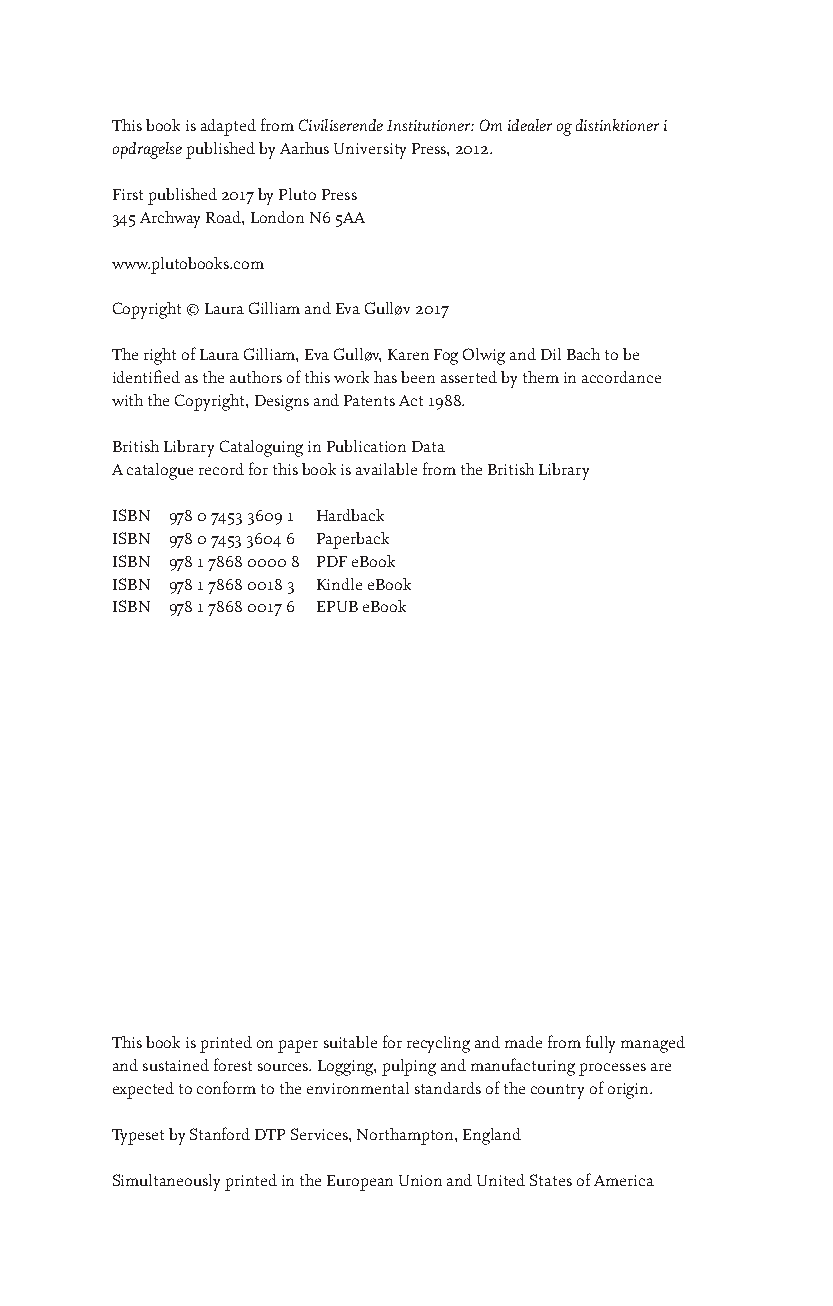
This book is adapted from Civiliserende Institutioner: Om idealer og distinktioner i
 opdragelse published by Aarhus University Press, 2012.
 First published 2017 by Pluto Press
 345 Archway Road, London N6 5AA
 www.plutobooks.com
 Copyright © Laura Gilliam and Eva Gulløv 2017
 The right of Laura Gilliam, Eva Gulløv, Karen Fog Olwig and Dil Bach to be
 identified as the authors of this work has been asserted by them in accordance
 with the Copyright, Designs and Patents Act 1988.
 British Library Cataloguing in Publication Data
 A catalogue record for this book is available from the British Library
 ISBN 978 0 7453 3609 1 Hardback
 ISBN 978 0 7453 3604 6 Paperback
 ISBN 978 1 7868 0000 8 PDF eBook
 ISBN 978 1 7868 0018 3 Kindle eBook
 ISBN 978 1 7868 0017 6 EPUB eBook
 This book is printed on paper suitable for recycling and made from fully managed
 and sustained forest sources. Logging, pulping and manufacturing processes are
 expected to conform to the environmental standards of the country of origin.
 Typeset by Stanford DTP Services, Northampton, England
 Simultaneously printed in the European Union and United States of America